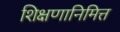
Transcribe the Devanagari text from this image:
शिक्षणानिमित्त